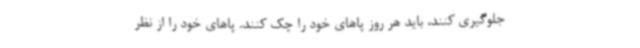
جلوگیری کنند، باید هر روز پاهای خود را چک کنند. پاهای خود را از نظر